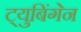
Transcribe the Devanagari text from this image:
ट्युबिंगेन